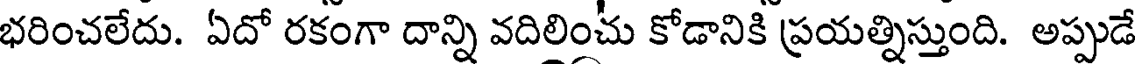
భరించలేదు. ఏదో రకంగా దాన్ని వదిలించు కోడానికి ప్రయత్నిస్తుంది. అప్పుడే